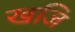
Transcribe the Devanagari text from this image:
खजि